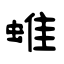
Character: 蜼